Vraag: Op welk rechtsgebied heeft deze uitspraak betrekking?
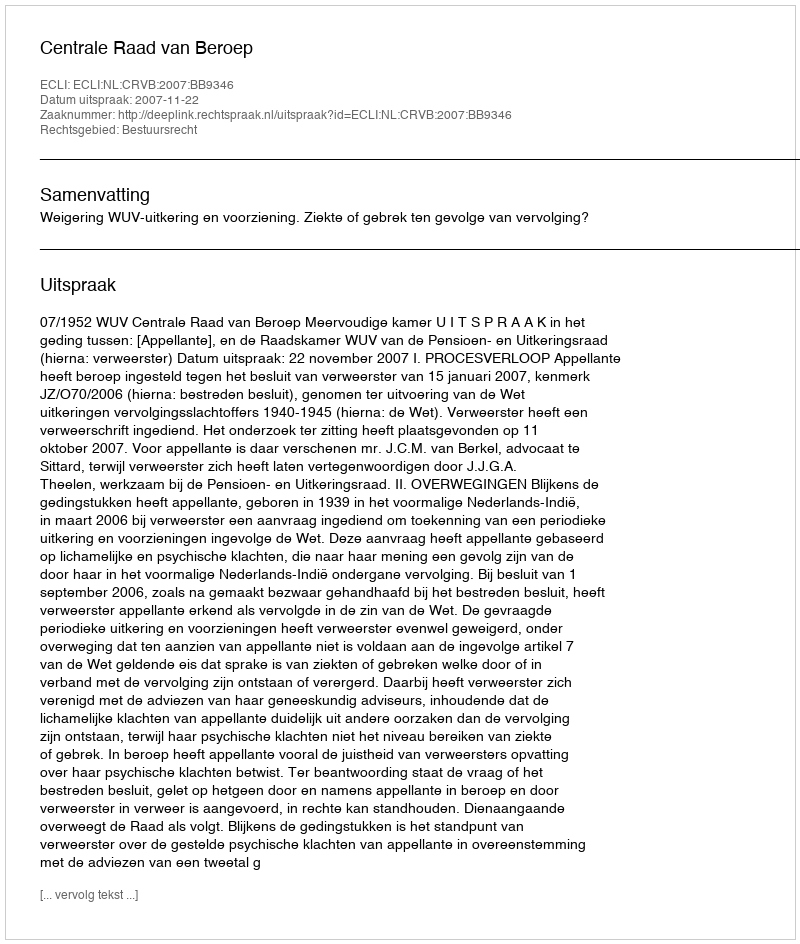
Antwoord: Bestuursrecht